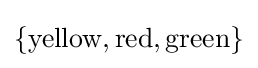
\{{\text{yellow}},{\text{red}},{\text{green}}\}